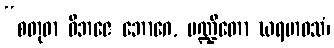
“စတုဓာ ဝိဘဇေ ဘောဂေ, ပဏ္ဍိတော ဃရမာဝသံ၊